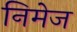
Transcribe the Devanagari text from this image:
निमेज